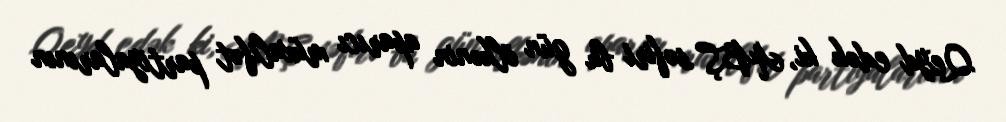
Qeyd edək ki, ABŞ səfiri bu gün ölkənin aparıcı müxalifət partiyalarının